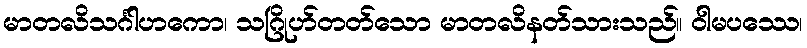
မာတလိသင်္ဂါဟကော၊ သဂြိုဟ်တတ်သော မာတလိနတ်သားသည်။ ဝါမပဿေ၊